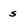
Character: s